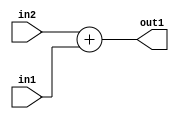
`timescale 1ps / 1ps
/*****************************************************************************
    Verilog RTL Description
    
    
    Created by: Stratus DpOpt 2019.1.01 
*******************************************************************************/

module DC_Filter_Add_2Ux2U_3U_4 (
	in2,
	in1,
	out1
	); /* architecture "behavioural" */ 
input [1:0] in2,
	in1;
output [2:0] out1;
wire [2:0] asc001;

assign asc001 = 
	+(in2)
	+(in1);

assign out1 = asc001;
endmodule

/* CADENCE  urjyTQA= : u9/ySgnWtBlWxVPRXgAZ4Og= ** DO NOT EDIT THIS LINE ******/